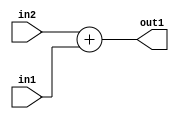
`timescale 1ps / 1ps
/*****************************************************************************
    Verilog RTL Description
    
    
    Created by: Stratus DpOpt 2019.1.01 
*******************************************************************************/

module DC_Filter_Add_2Ux2U_3U_4 (
	in2,
	in1,
	out1
	); /* architecture "behavioural" */ 
input [1:0] in2,
	in1;
output [2:0] out1;
wire [2:0] asc001;

assign asc001 = 
	+(in2)
	+(in1);

assign out1 = asc001;
endmodule

/* CADENCE  urjyTQA= : u9/ySgnWtBlWxVPRXgAZ4Og= ** DO NOT EDIT THIS LINE ******/